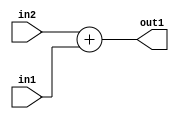
`timescale 1ps / 1ps
/*****************************************************************************
    Verilog RTL Description
    
    
    Created by: Stratus DpOpt 2019.1.01 
*******************************************************************************/

module DC_Filter_Add_2Ux2U_3U_4 (
	in2,
	in1,
	out1
	); /* architecture "behavioural" */ 
input [1:0] in2,
	in1;
output [2:0] out1;
wire [2:0] asc001;

assign asc001 = 
	+(in2)
	+(in1);

assign out1 = asc001;
endmodule

/* CADENCE  urjyTQA= : u9/ySgnWtBlWxVPRXgAZ4Og= ** DO NOT EDIT THIS LINE ******/